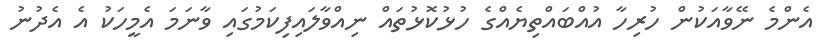
އެންމެ ނޭވާއަކުން ހުރިހާ އުއްބައްތިޔެއްގެ ހުޅުކޮޅުތައް ނިއްވާލައިފިކަމުގައި ވާނަމަ އެމީހަކު އެ އެދުނު